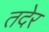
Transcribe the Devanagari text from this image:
तदेर